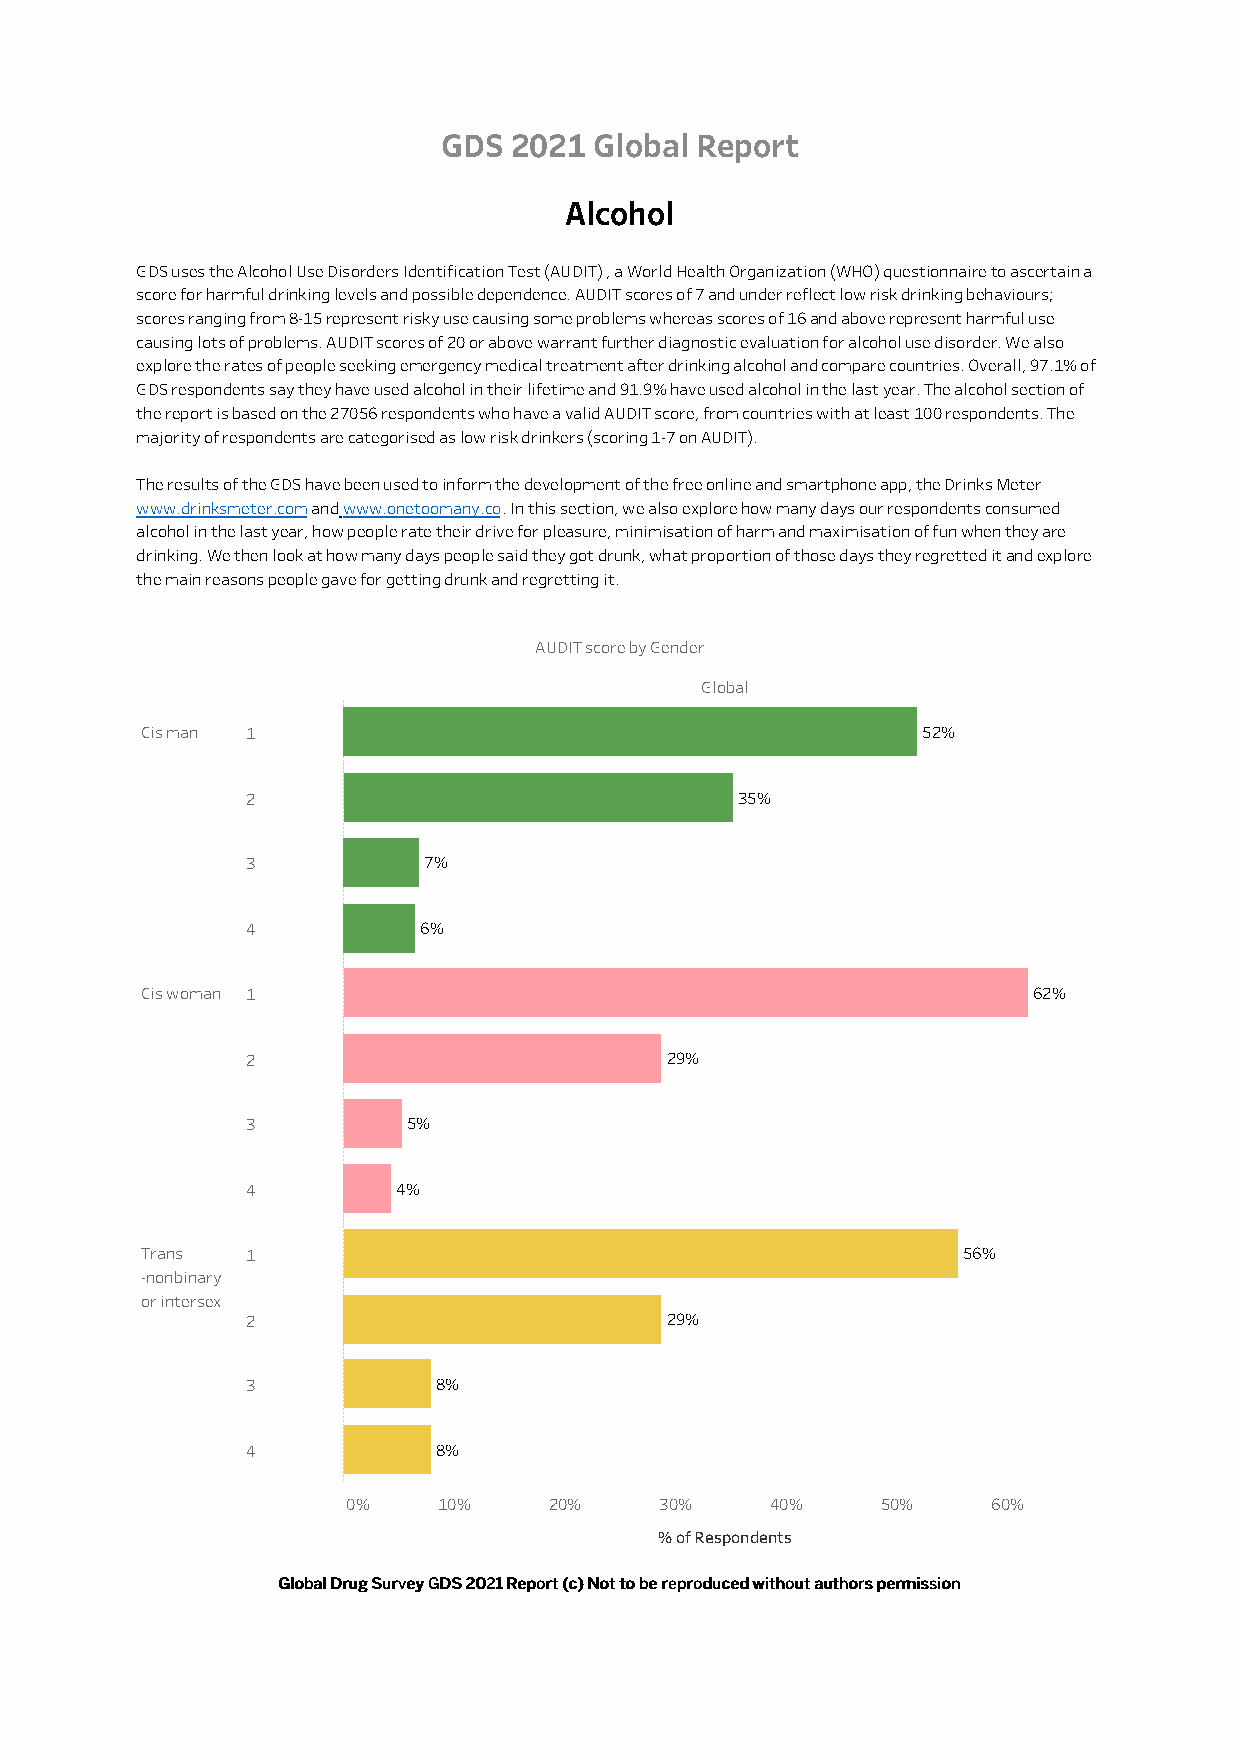
GDS  2021 Global Report
 Alcohol
 GDS uses the Alcohol Use Disorders Identification Test (AUDIT) , a World Health Organization (WHO) questionnaire to ascertain a
 score for harmful drinking levels and possible dependence. AUDIT scores of 7 and under reflect low risk drinking behaviours;
 scores ranging from 8-15 represent risky use causing some problems whereas scores of 16 and above represent harmful use
 causing lots of problems. AUDIT scores of 20 or above warrant further diagnostic evaluation for alcohol use disorder. We also
 explore the rates of people seeking emergency medical treatment after drinking alcohol and compare countries. Overall, 97.1% of
 GDS respondents say they have used alcohol in their lifetime and 91.9% have used alcohol in the last year. The alcohol section of
 the report is based on the 27056 respondents who have a valid AUDIT score, from countries with at least 100 respondents. The
 majority of respondents are categorised as low risk drinkers (scoring 1-7 on AUDIT).
 The results of the GDS have been used to inform the development of the free online and smartphone app, the Drinks Meter
 www.drinksmeter.com and www.onetoomany.co. In this section, we also explore how many days our respondents consumed
 alcohol in the last year, how people rate their drive for pleasure, minimisation of harm and maximisation of fun when they are
 drinking. We then look at how many days people said they got drunk, what proportion of those days they regretted it and explore
 the main reasons people gave for getting drunk and regretting it.
 AUDIT score by Gender
 Global
 Cis man 1                                           52%
 2                                35%
 3           7%
 4           6%
 Cis woman 1                                                62%
 2                           29%
 3          5%
 4         4%
 Trans  1                                               56%
 -nonbinary
 or intersex
 2                           29%
 3            8%
 4            8%
 0%    10%    20%     30%    40%    50%     60%
 % of Respondents
 GGlloobbaall DDrruugg SSuurrvveeyy GGDDSS 22002211 RReeppoorrtt ((cc)) NNoott ttoo bbee rreepprroodduucceedd wwiitthhoouutt aauutthhoorrss ppeerrmmiissssiioonn